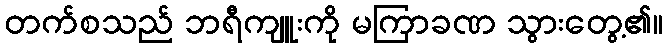
တက်စသည် ဘရီကျူးကို မကြာခဏ သွားတွေ့၏။